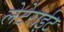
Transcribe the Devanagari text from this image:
लेटेराईट